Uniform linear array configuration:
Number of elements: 32
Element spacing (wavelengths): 0.75
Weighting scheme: cosine
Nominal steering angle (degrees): -15
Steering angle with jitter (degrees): -15.686
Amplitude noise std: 0.05
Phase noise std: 0.05

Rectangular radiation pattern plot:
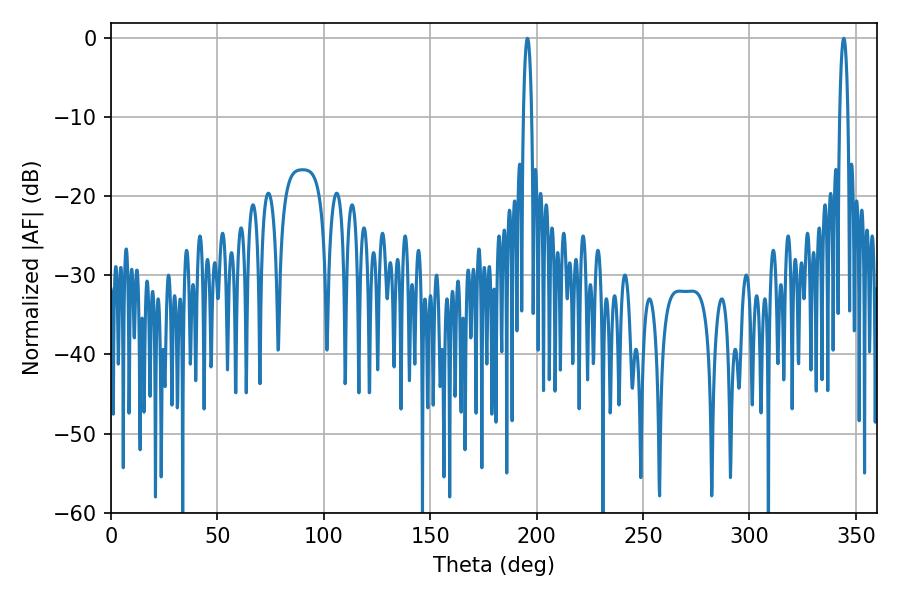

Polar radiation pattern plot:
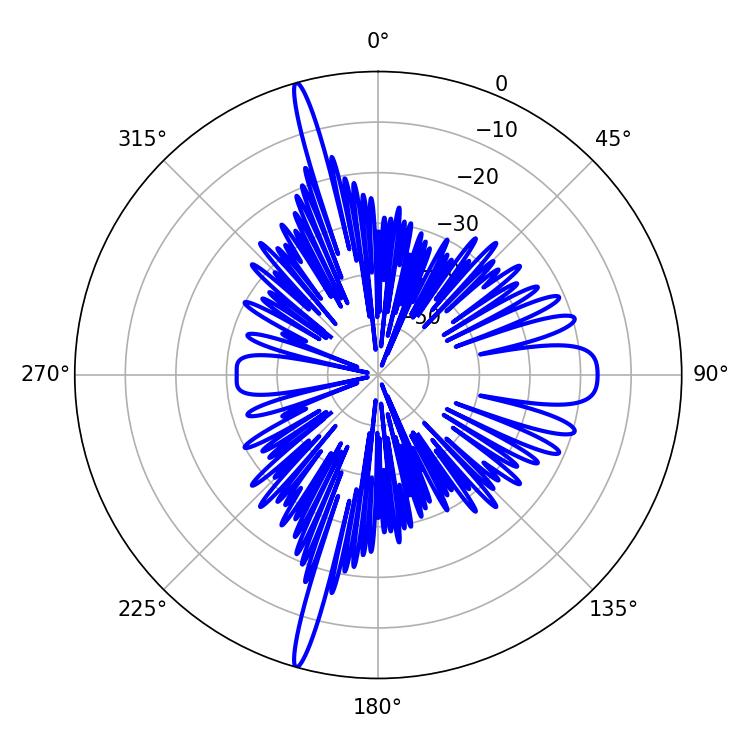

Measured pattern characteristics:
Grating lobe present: TRUE
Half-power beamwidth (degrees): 2.16
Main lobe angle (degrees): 195.66